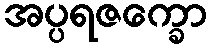
အပ္ပရဇက္ခော